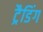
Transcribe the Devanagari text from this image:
ट्रैडिंग